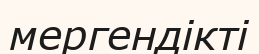
мергендікті